65_HS1-834228961_62-HQ-83894_Section_6
Agency: FBI
Page 32
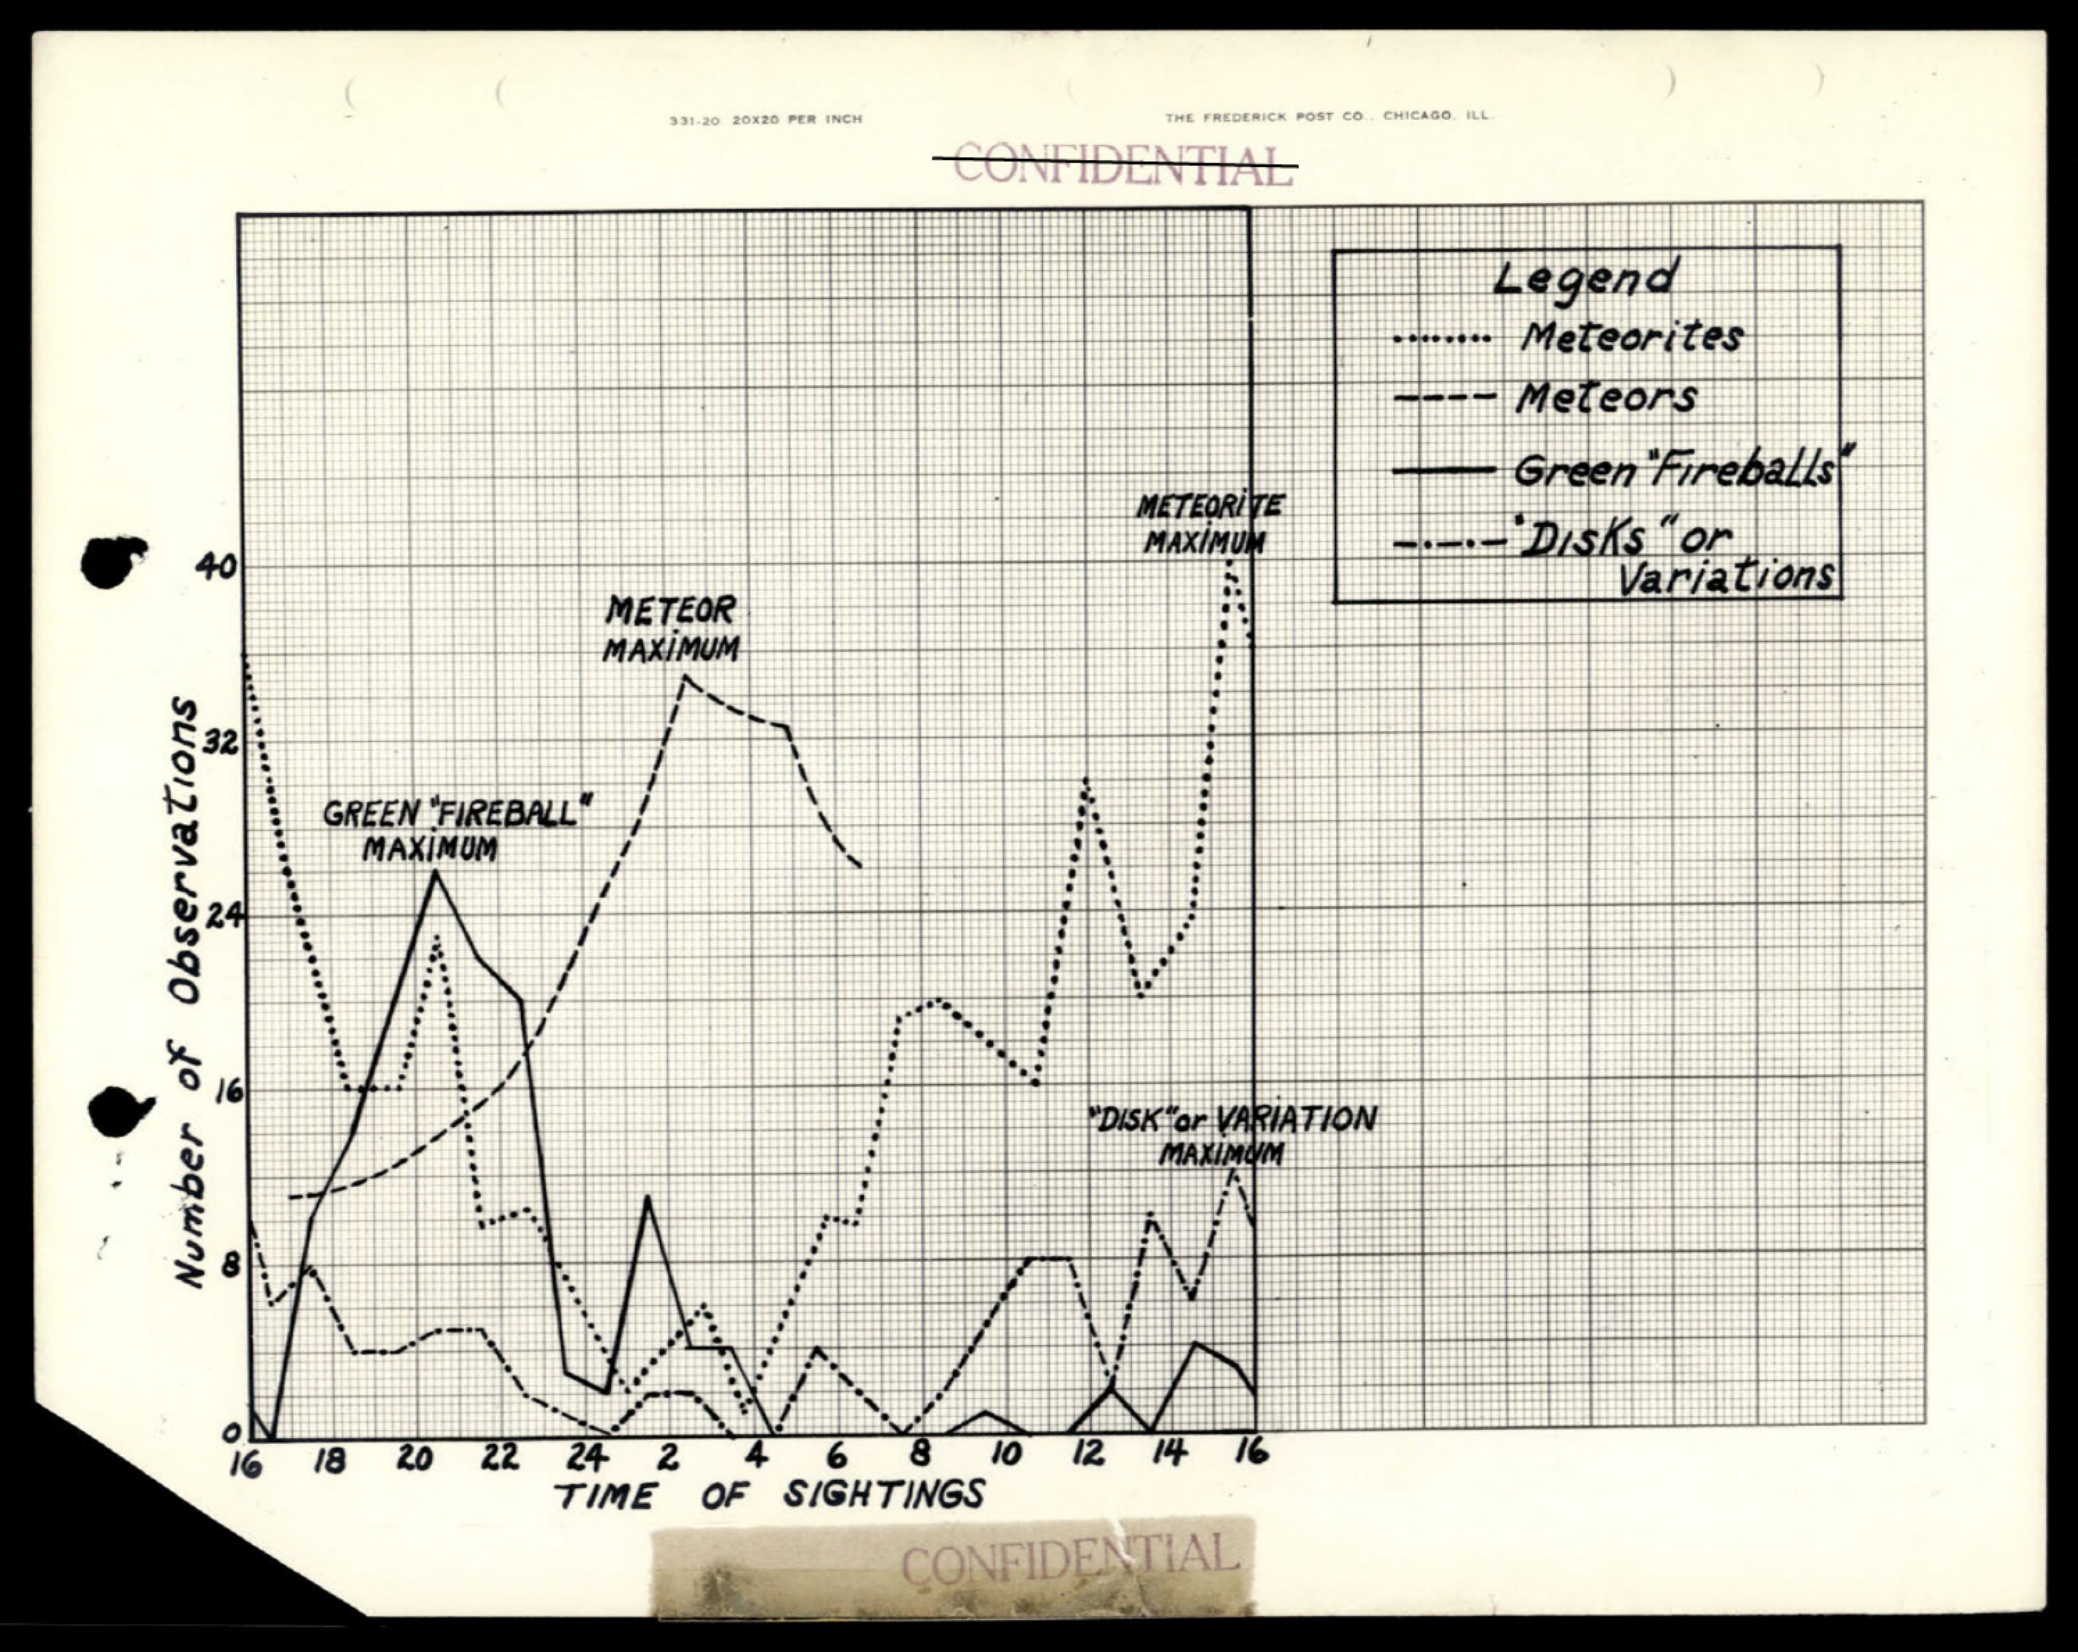